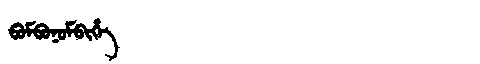
Manchu: ᠪᠣᠮᠪᠣᠨᠣᠮᠪᡳᡥᡝ
Romanization: BOMBONOMBIHE